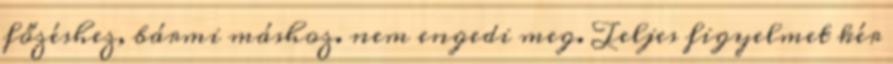
főzéshez, bármi máshoz. nem engedi meg. Teljes figyelmet kér